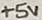
Text: +5V